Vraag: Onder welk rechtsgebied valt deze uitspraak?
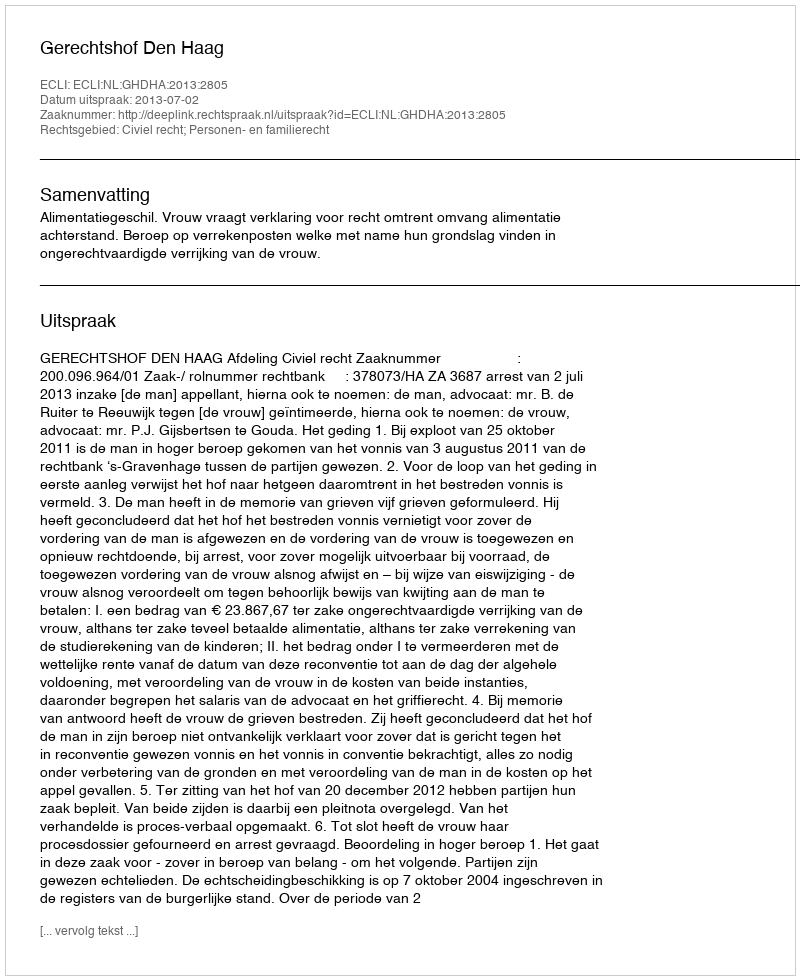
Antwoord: Civiel recht; Personen- en familierecht